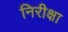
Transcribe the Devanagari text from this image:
निरीक्षा